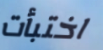
اختبأت